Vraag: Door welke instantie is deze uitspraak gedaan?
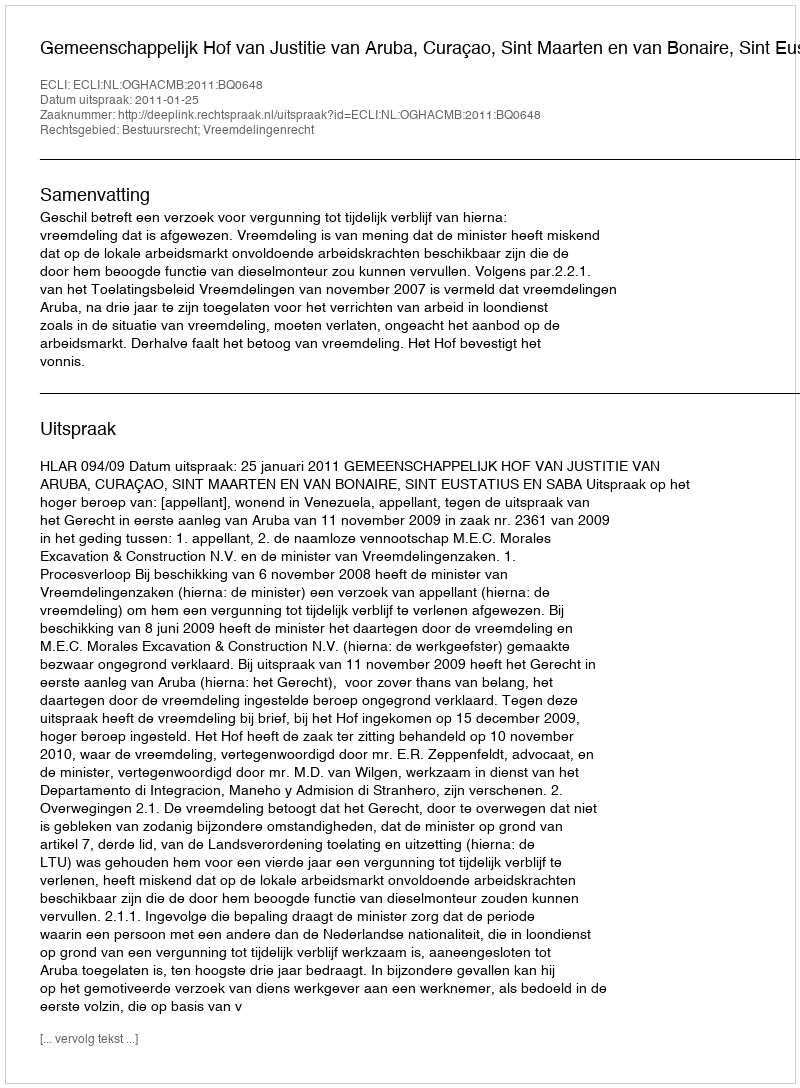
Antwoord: Gemeenschappelijk Hof van Justitie van Aruba, Curaçao, Sint Maarten en van Bonaire, Sint Eustatius en Saba